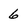
Character: 6